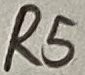
Text: R5